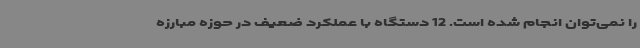
را نمی‌توان انجام شده است. 12 دستگاه با عملکرد ضعیف در حوزه مبارزه